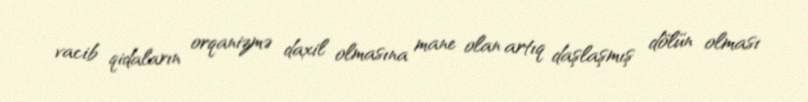
vacib qidaların orqanizmə daxil olmasına mane olan artıq daşlaşmış dölün olması